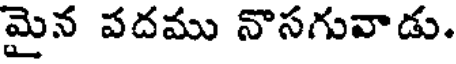
మైన పదము నొసగువాడు.